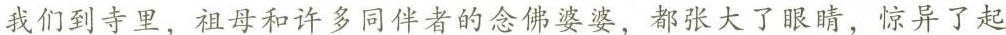
我们到了寺里，祖母和许多同伴者的念佛婆婆，都张大了眼睛，惊异了起